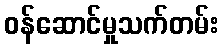
ဝန်ဆောင်မှုသက်တမ်း